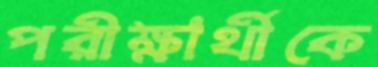
পরীক্ষার্থীকে